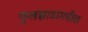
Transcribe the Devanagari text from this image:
फुलझाडांमधील